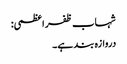
شہاب ظفر اعظمی:
دروازہ بند ہے۔